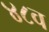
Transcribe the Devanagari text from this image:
४८व